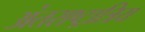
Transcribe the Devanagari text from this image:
अंतराष्ट्रात्रिय